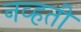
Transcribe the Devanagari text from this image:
नव्‍हती